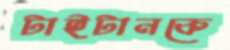
টাইটানকে